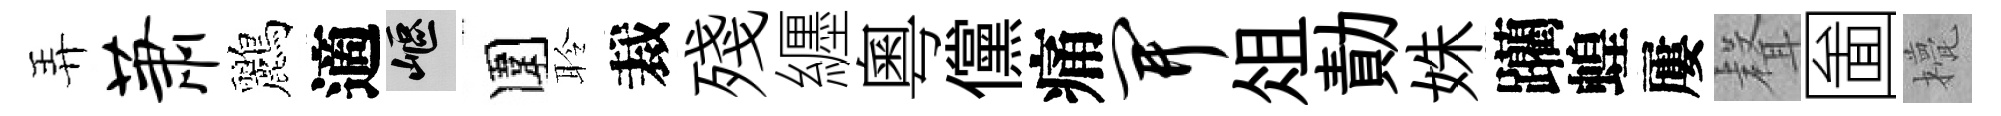
弄萧鸝適嶇圍聆裁殘纒粵儻痛开俎勣姝躪蝗屢𮋻圗甍